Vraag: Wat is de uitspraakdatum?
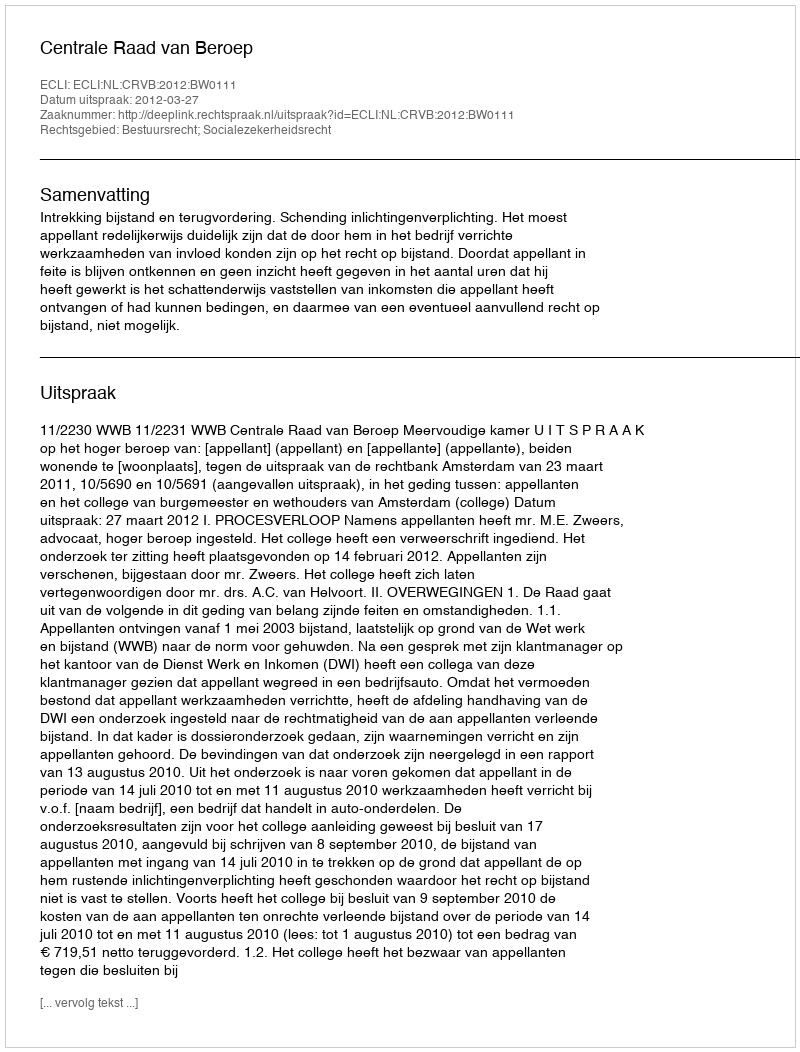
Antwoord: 2012-03-27